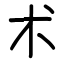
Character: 术